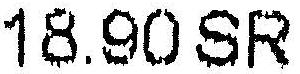
18.90 SR